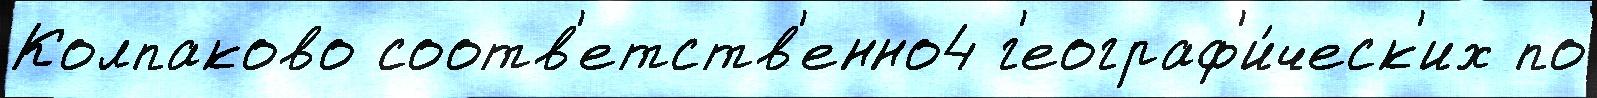
Колпаково соотв'етств'енно4 г'еограф'и́ческ'их по